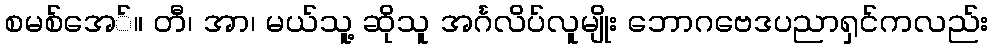
စမစ်အေ်။ တီ၊ အာ၊ မယ်သူ့ ဆိုသူ အင်္ဂလိပ်လူမျိုး ဘောဂဗေဒပညာရှင်ကလည်း